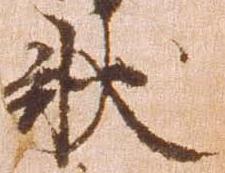
状